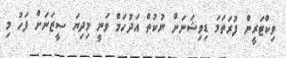
ވިކްޓަރީން ފުރަތަމަ ޑިވިޝަނަށް ނުކުތް އަދުހަމް ވަނީ މިދިޔަ ސީޒަނަށް ފަހު މި